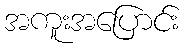
အကူးအပြောင်း